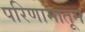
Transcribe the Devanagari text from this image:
परिणामातून